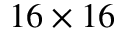
1 6 \times 1 6